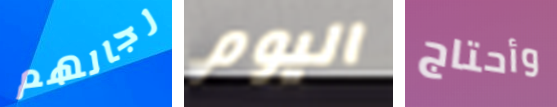
رجالهم اليوم وأحتاج